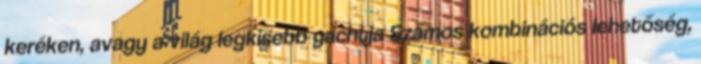
keréken, avagy a világ legkisebb yachtja Számos kombinációs lehetőség,